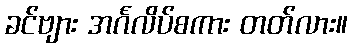
ခင်ဗျား အင်္ဂလိပ်စကား တတ်လား။